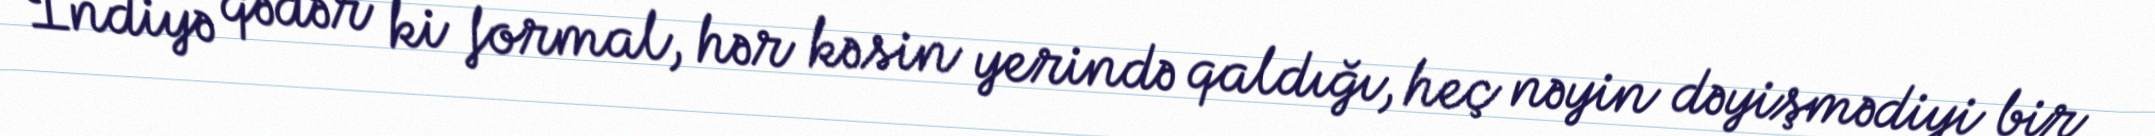
İndiyə qədər ki formal, hər kəsin yerində qaldığı, heç nəyin dəyişmədiyi bir